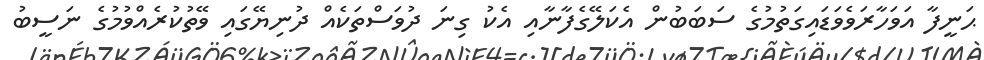
ޙަނީފާ އަވަހާރަވެވަޑައިގަތުމުގެ ސަބަބުން އެކަލޭގެފާނާއި އެކު ގިނަ ދުވަސްތަކެއް ދުނިޔޭގައި ވޭތުކުރެއްވުމުގެ ނަސީބު